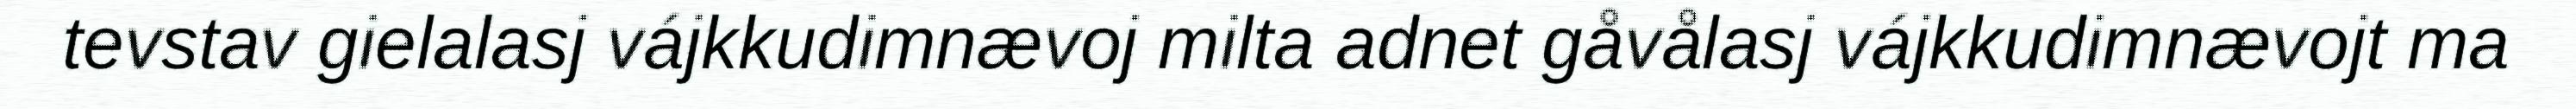
tevstav gielalasj vájkkudimnævoj milta adnet gåvålasj vájkkudimnævojt ma